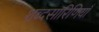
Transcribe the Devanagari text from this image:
शब्दसारिणियाँ